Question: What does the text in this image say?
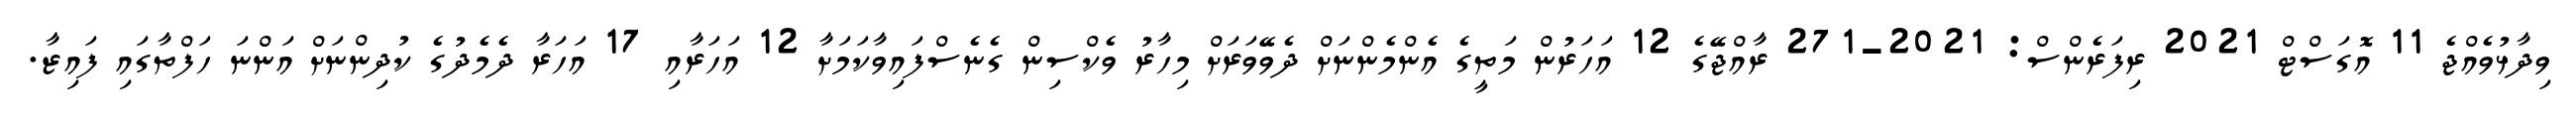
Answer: ވިދާޅުވެއްޖެ 11 އޮގަސްޓް 2021 ރިފަރެންސް: 2021-271 ރާއްޖޭގެ 12 އަހަރުން މަތީގެ އެންމެންނަށް ދެވޭވަރަށް މިހާރު ވެކްސިން ގެނެސްފައިވާކަމަށާ 12 އަހަރާއި 17 އަހަރާ ދެމެދުގެ ކުދިންނަށް އަންނަ ހަފްތާގައި ފައިޒާ.